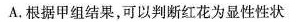
A.根据甲组结果，可以判断红花为显性性状